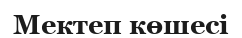
Мектеп көшесі